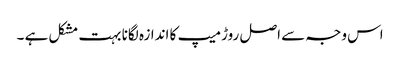
اس وجہ سے اصل روڑ میپ کا اندازہ لگانا بہت مشکل ہے ۔